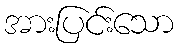
အားပြင်းသော